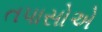
તપાસોએ